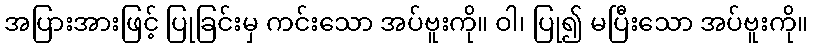
အပြားအားဖြင့် ပြုခြင်းမှ ကင်းသော အပ်ဗူးကို။ ဝါ၊ ပြု၍ မပြီးသော အပ်ဗူးကို။